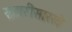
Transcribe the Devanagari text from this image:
सतारीसारखे